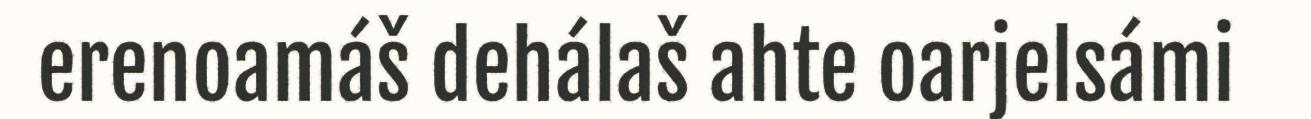
erenoamáš dehálaš ahte oarjelsámi